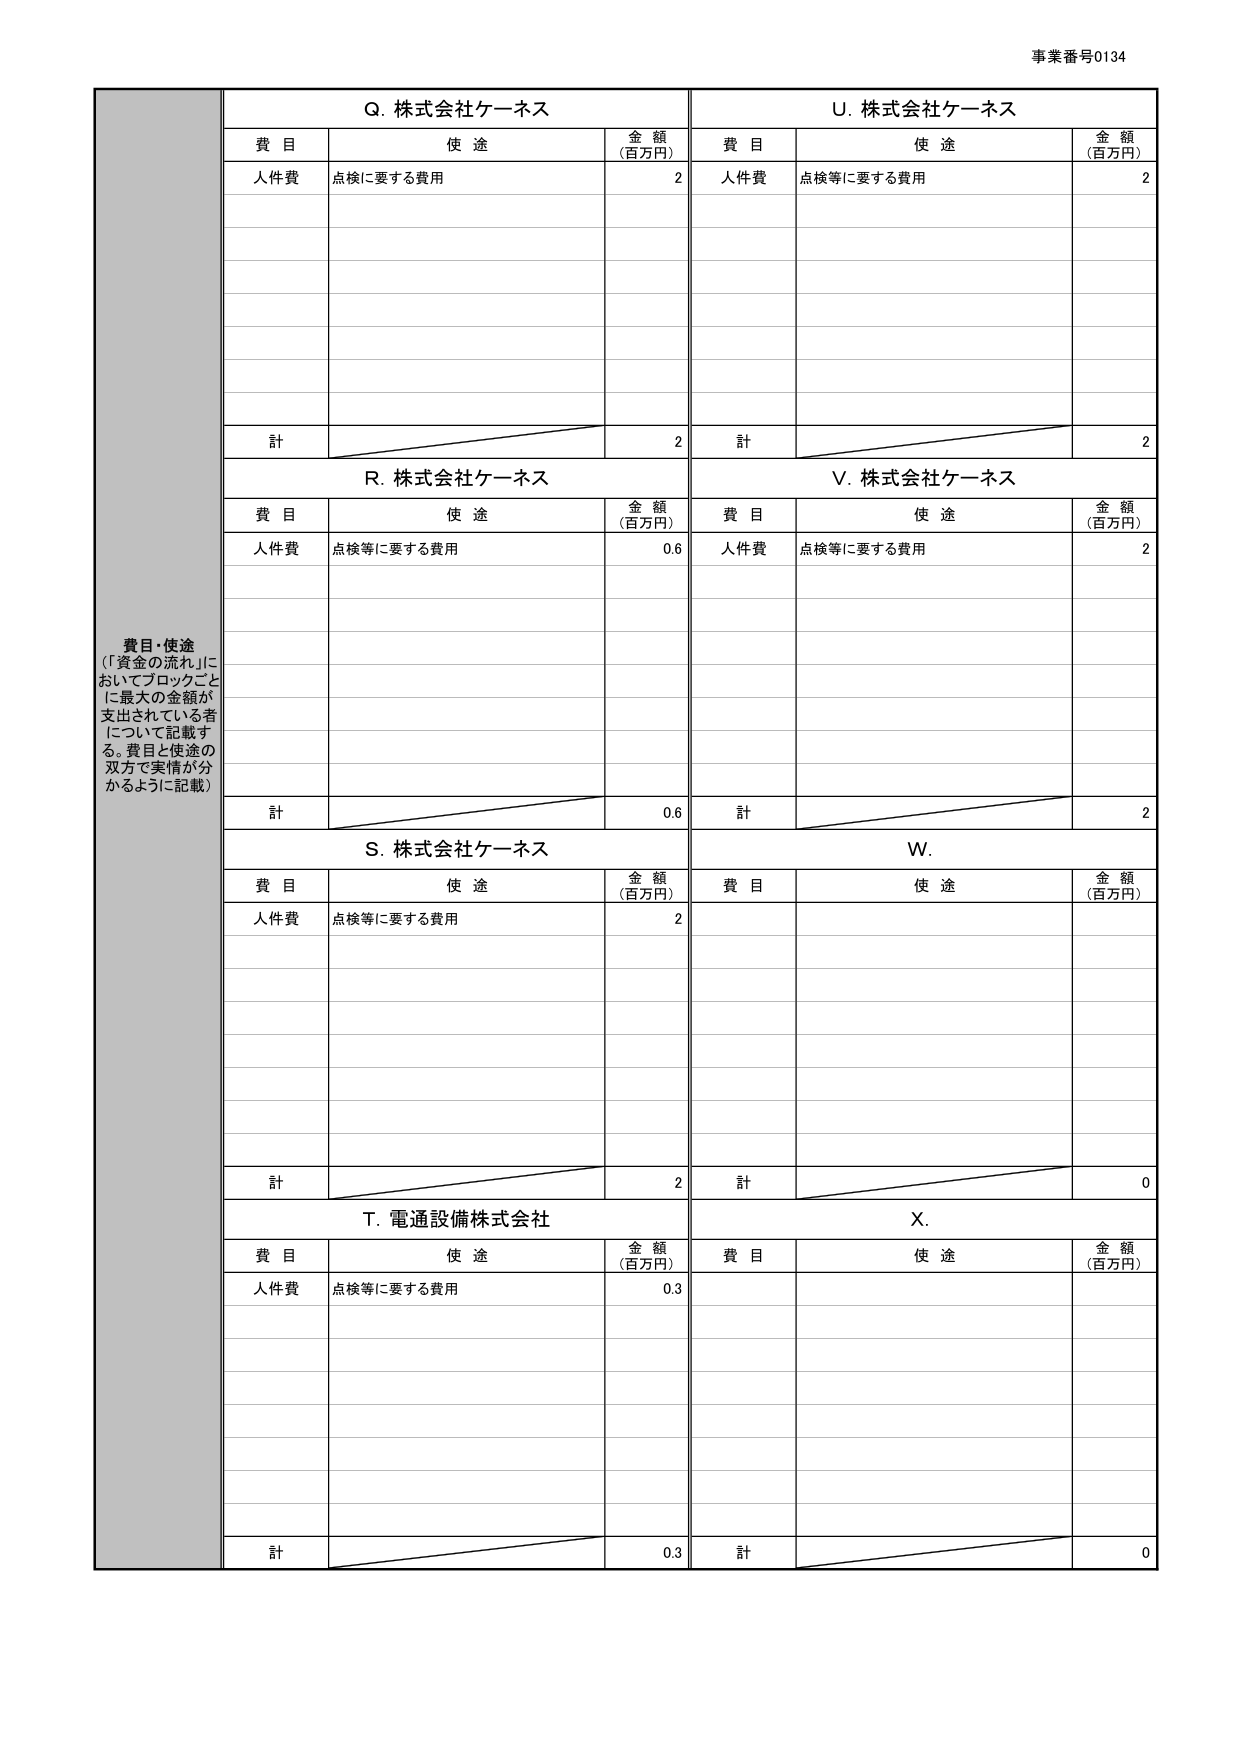
事業番号0134

Q. 株式会社ケーネス
費 目 使 途 金 額 (百万円)
人件費 点検等に要する費用 2
計 2

U. 株式会社ケーネス
費 目 使 途 金 額 (百万円)
人件費 点検等に要する費用 2
計 2

R. 株式会社ケーネス
費 目 使 途 金 額 (百万円)
人件費 点検等に要する費用 0.6
計 0.6

V. 株式会社ケーネス
費 目 使 途 金 額 (百万円)
人件費 点検等に要する費用 2
計 2

S. 株式会社ケーネス
費 目 使 途 金 額 (百万円)
人件費 点検等に要する費用 2
計 2

W.
費 目 使 途 金 額 (百万円)
計 0

T. 電通設備株式会社
費 目 使 途 金 額 (百万円)
人件費 点検等に要する費用 0.3
計 0.3

X.
費 目 使 途 金 額 (百万円)
計 0

費目・使途
（「資金の流れ」に
おいてブロックごと
に最大の金額が
支出されている者
について記載す
る。費目と使途の
双方で実情が分
かるように記載）